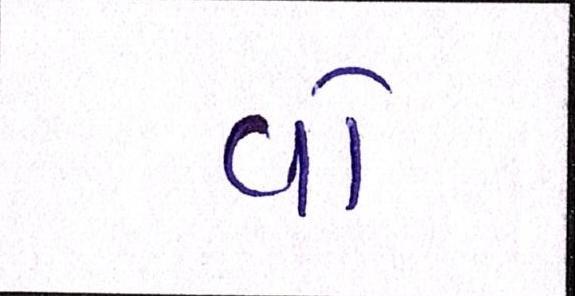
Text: વો